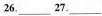
26.___27.___